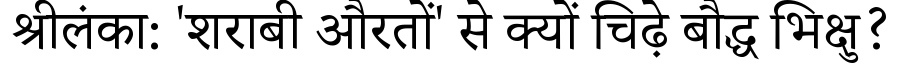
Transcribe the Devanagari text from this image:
श्रीलंका: 'शराबी औरतों' से क्यों चिढ़े बौद्ध भिक्षु?